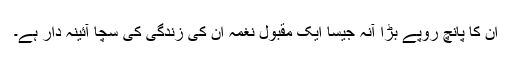
ان کا پانچ روپے بڑا آنہ جیسا ایک مقبول نغمہ ان کی زندگی کی سچا آئینہ دار ہے۔